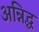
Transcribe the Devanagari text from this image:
अन्निद्ध